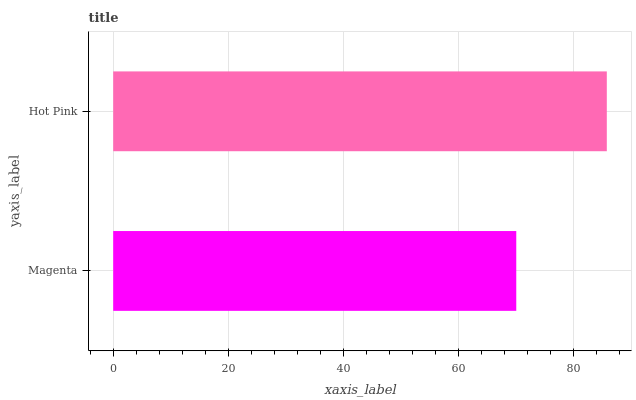
| yaxis_label | bars |
 | --- | --- |
 | Magenta | 70.1 |
 | Hot Pink | 85.9 |